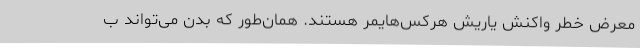
معرض خطر واکنش یاریش هرکس‌هایمر هستند. همان‌طور که بدن می‌تواند ب